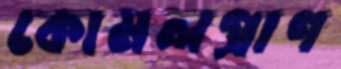
কোমলপ্রাণ